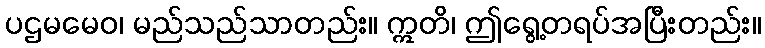
ပဌမမေဝ၊ မည်သည်သာတည်း။ ဣတိ၊ ဤရွေ့တရပ်အပြီးတည်း။